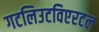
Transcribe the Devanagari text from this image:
गटलिउटविएरटल